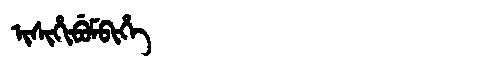
Manchu: ᡳᠰᡳᡥᡳᠪᡠᠮᠪᡳᡥᡝ
Romanization: ISIHIBUMBIHE